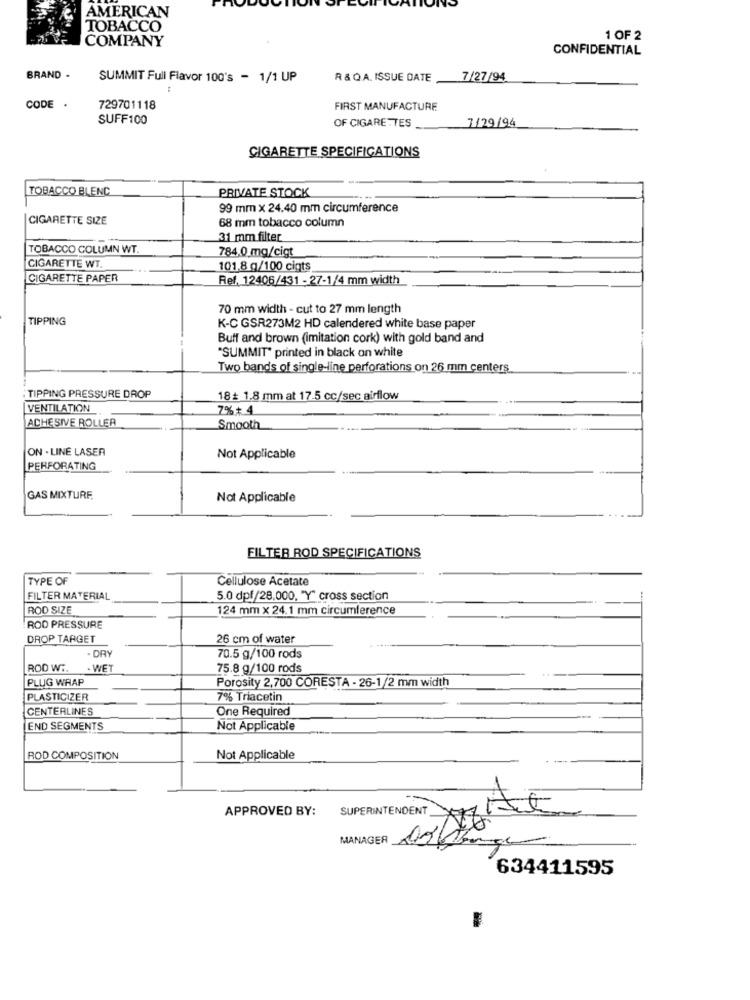
AMERICAN
TOBACCO
COMPANY
1 OF 2
CONFIDENTIAL
BRAND -
SUMMIT Full Flavor 100's - 1/1 UP
R & Q.A. ISSUE DATE
7/27/94
CODE .
729701118
FIRST MANUFACTURE
SUFF100
OF CIGARETTES
7/29/94
CIGARETTE SPECIFICATIONS
TOBACCO BLENC
PRIVATE STOCK
99 mm x 24.40 mm circumference
CIGARETTE SIZE
68 mm tobacco column
31 mm filter
TOBACCO COLUMN WT.
784,0 mg/cigt
CIGARETTE WT.
101.8 g/100 cigts
CIGARETTE PAPER
Ref. 12406/431 - 27-1/4 mm width
70 mm width - cut to 27 mm length
TIPPING
K-C GSR273M2 HD calendered white base paper
Buff and brown (imitation cork) with gold band and
"SUMMIT" printed in black on white
Two bands of single-line perforations on 26 mm centers
TIPPING PRESSURE DROP
18 + 1.8 mm at 17.5 cc/sec airflow
VENTILATION
7%+ 4
ADHESIVE ROLLER
Smooth
ON - LINE LASER
Not Applicable
PERFORATING
GAS MIXTURE
Not Applicable
FILTER ROD SPECIFICATIONS
TYPE OF
Cellulose Acetate
FILTER MATERIAL
5.0 dpf/28,000, "Y" cross section
ROD SIZE
124 mm x 24.1 mm circumference
ROD PRESSURE
DROP TARGET
26 cm of water
. DRY
70.5 g/100 rods
ROD W ..
. WET
75.8 g/100 rods
PLUG WRAP
Porosity 2,700 CORESTA - 26-1/2 mm width
PLASTICIZER
7% Triacetin
CENTERLINES
One Required
END SEGMENTS
Not Applicable
ROD COMPOSITION
Not Applicable
APPROVED BY:
SUPERINTENDENT
MANAGER
634411595